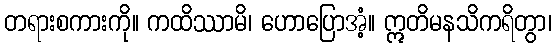
တရားစကားကို။ ကထိဿာမိ၊ ဟောပြောအံ့။ ဣတိမနသိကရိတွာ၊